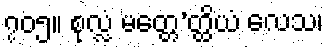
၇၀၅။ စုလ္လံ မတ္တေ’တ္ထိယံ လေသ၊